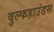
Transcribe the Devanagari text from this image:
वुल्फहाउंडस